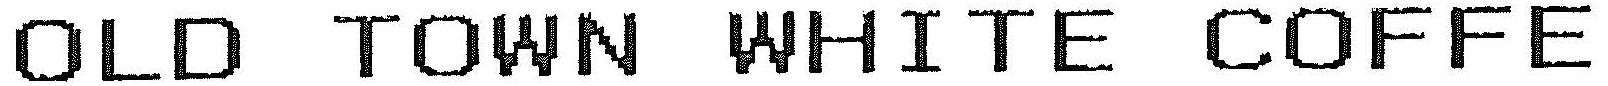
OLD TOWN WHITE COFFE